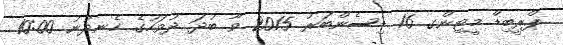
ޕްރީބިޑް މީޓިންގ 16 ޑިސެންބަރު 2015 ވާ ބުދަ ދުވަހުގެ ހެނދުނު 10:00